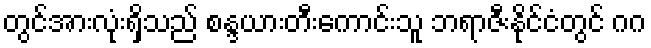
တွင်အားလုံးရှိသည် စန္ဒယားတီးကောင်းသူ ဘရာဇီးနိုင်ငံတွင် ဂဂ